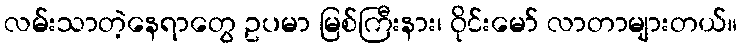
လမ်းသာတဲ့နေရာတွေ ဥပမာ မြစ်ကြီးနား၊ ဝိုင်းမော် လာတာများတယ်။